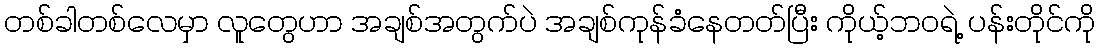
တစ်ခါတစ်လေမှာ လူတွေဟာ အချစ်အတွက်ပဲ အချစ်ကုန်ခံနေတတ်ပြီး ကိုယ့်ဘဝရဲ့ ပန်းတိုင်ကို